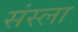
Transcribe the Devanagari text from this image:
संस्ला